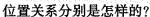
位置关系分别是怎样的？